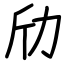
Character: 劤